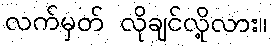
လက်မှတ် လိုချင်လို့လား။